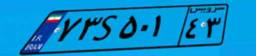
۷۳S۵۰۱۴۳